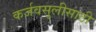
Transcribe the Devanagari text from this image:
कर्जवसुलीसाठी